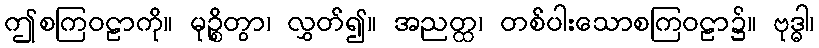
ဤစကြဝဠာကို။ မုဉ္စိတွာ၊ လွှတ်၍။ အညတ္ထ၊ တစ်ပါးသောစကြဝဠာ၌။ ဗုဒ္ဓါ၊